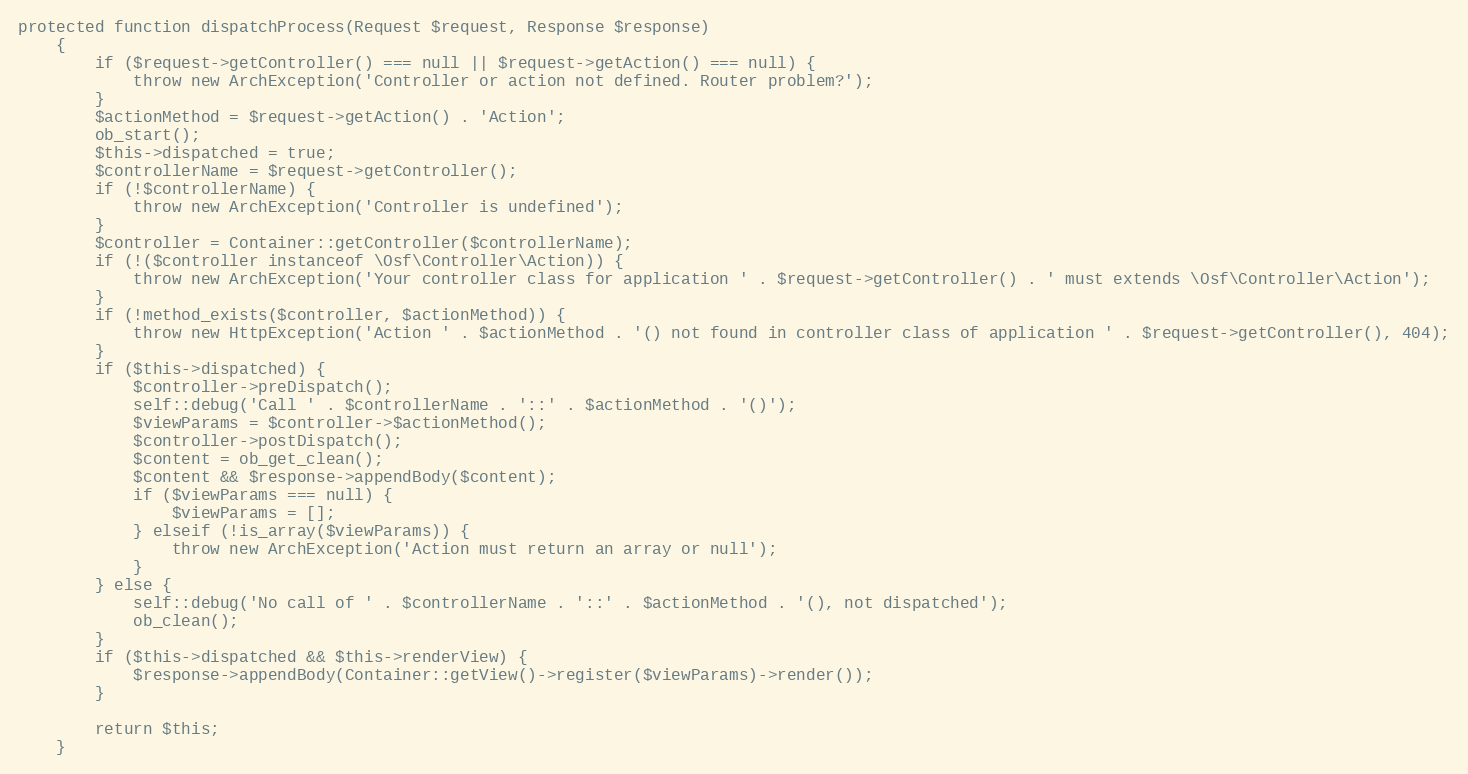
Language: PHP
protected function dispatchProcess(Request $request, Response $response)
    {
        if ($request->getController() === null || $request->getAction() === null) {
            throw new ArchException('Controller or action not defined. Router problem?');
        }
        $actionMethod = $request->getAction() . 'Action';
        ob_start();
        $this->dispatched = true;
        $controllerName = $request->getController();
        if (!$controllerName) {
            throw new ArchException('Controller is undefined');
        }
        $controller = Container::getController($controllerName);
        if (!($controller instanceof \Osf\Controller\Action)) {
            throw new ArchException('Your controller class for application ' . $request->getController() . ' must extends \Osf\Controller\Action');
        }
        if (!method_exists($controller, $actionMethod)) {
            throw new HttpException('Action ' . $actionMethod . '() not found in controller class of application ' . $request->getController(), 404);
        }
        if ($this->dispatched) {
            $controller->preDispatch();
            self::debug('Call ' . $controllerName . '::' . $actionMethod . '()');
            $viewParams = $controller->$actionMethod();
            $controller->postDispatch();
            $content = ob_get_clean();
            $content && $response->appendBody($content);
            if ($viewParams === null) {
                $viewParams = [];
            } elseif (!is_array($viewParams)) {
                throw new ArchException('Action must return an array or null');
            }
        } else {
            self::debug('No call of ' . $controllerName . '::' . $actionMethod . '(), not dispatched');
            ob_clean();
        }
        if ($this->dispatched && $this->renderView) {
            $response->appendBody(Container::getView()->register($viewParams)->render());
        }

        return $this;
    }